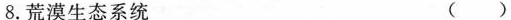
8.荒漠生态系统 ( )